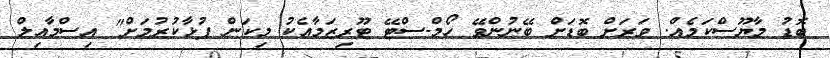
ބޮޑު މާޔޫސްކަމެއް. ވަރަށް ބޮޑަށް ބޭނުންވޭ ހޯމް-ސްޓޭ ޓޫރިޒަމާއެކު މިކަން ފުޅާކުރުމަށް" އިސްމާއިލް